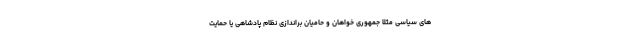
های سیاسی مثلا جمهوری خواهان و حامیان براندازی نظام پادشاهی یا حمایت